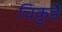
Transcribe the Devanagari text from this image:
चिकुर्डे